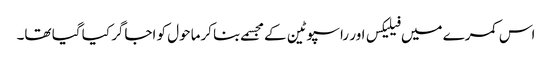
اس کمرے میں فیلیکس اور راسپوٹین کے مجسمے بنا کرماحول کو اجاگر کیا گیا تھا۔